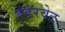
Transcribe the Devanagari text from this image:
हंडरवेट